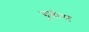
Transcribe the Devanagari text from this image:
बूबीस